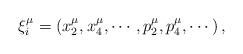
LaTeX: \begin{align*}\xi_{i}^{\mu}=\left( x_{2}^{\mu},x_{4}^{\mu},\cdots,p_{2}^{\mu},p_{4}^{\mu},\cdots\right) , \end{align*}